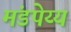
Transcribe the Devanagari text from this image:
मंडपेय्य